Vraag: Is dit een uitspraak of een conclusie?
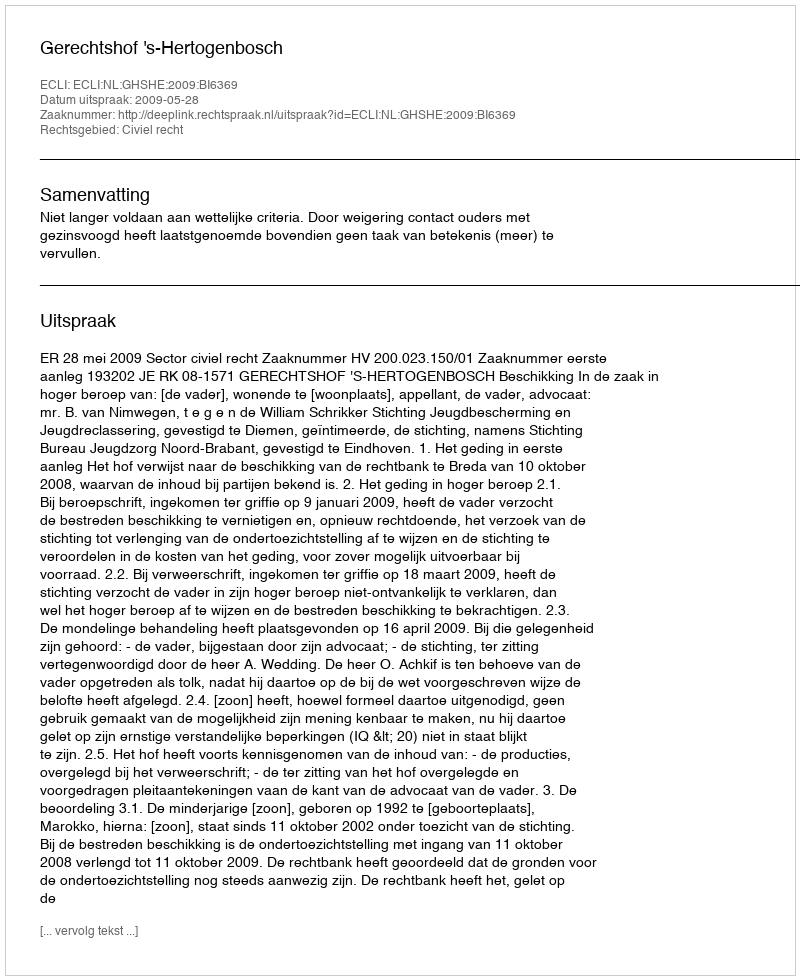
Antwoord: Uitspraak